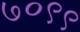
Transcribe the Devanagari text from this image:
७०९९